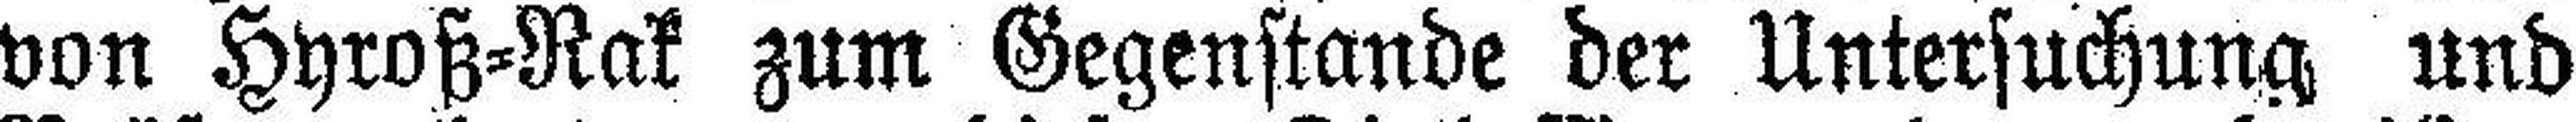
von Hyroß-Rak zum Gegenstande der Untersuchung und